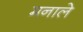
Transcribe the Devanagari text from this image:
मनाले